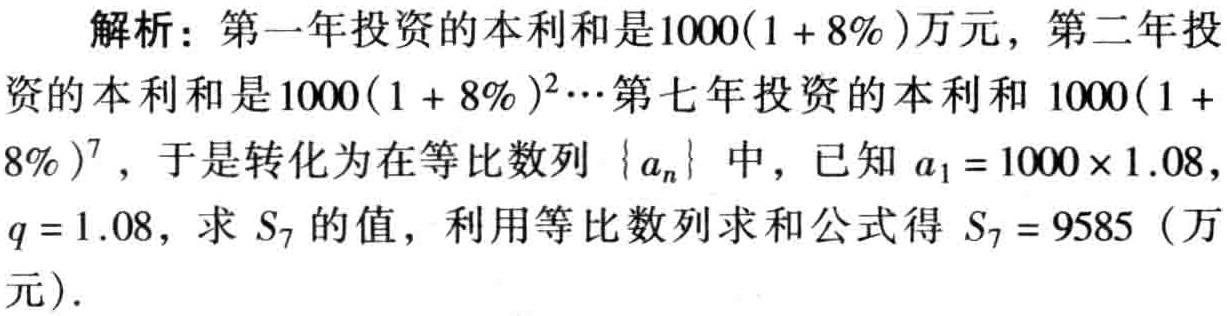
解析：第一年投资的本利和是\(1000(1 + 8\%)\)万元，第二年投资的本利和是\(1000(1 + 8\%)^{2}\cdots\)第七年投资的本利和\(1000(1 + 8\%)^{7}\)，于是转化为在等比数列\(\{a_{n}\}\)中，已知\(a_{1}=1000\times1.08\)，\(q = 1.08\)，求\(S_{7}\)的值，利用等比数列求和公式得\(S_{7}=9585\)（万元）.